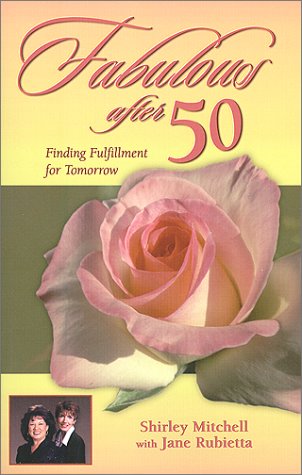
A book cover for Fabulous After 50: Finding Fulfillment for Tomorrow; Shirley W. Mitchell; Health, Fitness & Dieting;